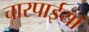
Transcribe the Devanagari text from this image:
चारपाईयाँ